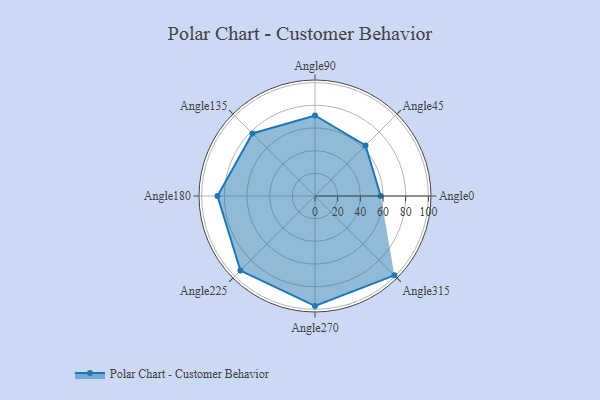
{"axis": {"x": "Angle", "y": "Radius"}, "legend": [""], "data": [{"x": "Angle0", "y": 58.0, "type": ""}, {"x": "Angle45", "y": 63.0, "type": ""}, {"x": "Angle90", "y": 71.0, "type": ""}, {"x": "Angle135", "y": 78.0, "type": ""}, {"x": "Angle180", "y": 86.0, "type": ""}, {"x": "Angle225", "y": 93.0, "type": ""}, {"x": "Angle270", "y": 97.0, "type": ""}, {"x": "Angle315", "y": 99.0, "type": ""}]}